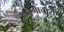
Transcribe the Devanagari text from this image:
अन्नम्माचार्य